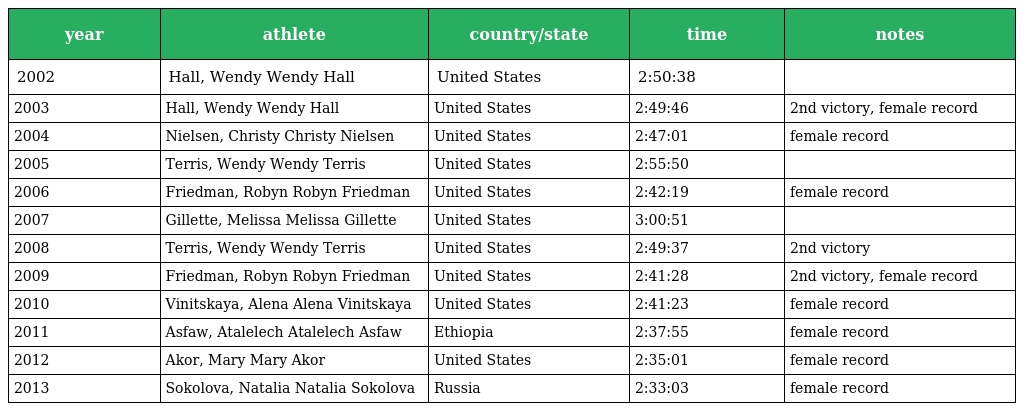
| year | athlete | country/state | time | notes |
 | --- | --- | --- | --- | --- |
 | 2002 | Hall, Wendy Wendy Hall | United States | 2:50:38 |  |
 | 2003 | Hall, Wendy Wendy Hall | United States | 2:49:46 | 2nd victory, female record |
 | 2004 | Nielsen, Christy Christy Nielsen | United States | 2:47:01 | female record |
 | 2005 | Terris, Wendy Wendy Terris | United States | 2:55:50 |  |
 | 2006 | Friedman, Robyn Robyn Friedman | United States | 2:42:19 | female record |
 | 2007 | Gillette, Melissa Melissa Gillette | United States | 3:00:51 |  |
 | 2008 | Terris, Wendy Wendy Terris | United States | 2:49:37 | 2nd victory |
 | 2009 | Friedman, Robyn Robyn Friedman | United States | 2:41:28 | 2nd victory, female record |
 | 2010 | Vinitskaya, Alena Alena Vinitskaya | United States | 2:41:23 | female record |
 | 2011 | Asfaw, Atalelech Atalelech Asfaw | Ethiopia | 2:37:55 | female record |
 | 2012 | Akor, Mary Mary Akor | United States | 2:35:01 | female record |
 | 2013 | Sokolova, Natalia Natalia Sokolova | Russia | 2:33:03 | female record |